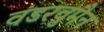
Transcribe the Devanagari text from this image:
वंडरवुमैन